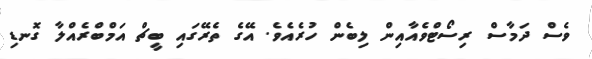
ވެސް ދަމާސް ރިސޯޓްވެއާއިން ލިބެން ހުރެއެވެ. އޭގެ ތެރޭގައި ބީޗް އަމްބްރެއްލާ ގޮނޑި